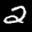
Label: 2